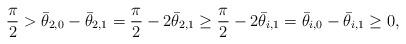
LaTeX: \begin{align*} \frac{\pi}{2} > \bar{\theta}_{2,0} - \bar{\theta}_{2,1} = \frac{\pi}{2} - 2\bar{\theta}_{2,1} \geq \frac{\pi}{2} - 2\bar{\theta}_{i,1} = \bar{\theta}_{i,0} - \bar{\theta}_{i,1} \geq 0, \end{align*}